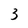
Character: 3